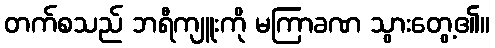
တက်စသည် ဘရီကျူးကို မကြာခဏ သွားတွေ့၏။